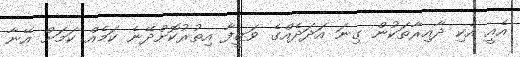
އެއީ އެކި ދާއިރާތަކުން ގިނަ އަދަދެއްގެ ވަޒީފާ އިތުރުކޮށްދޭނެ ކަމެއް ކަމަށް އޭނާ